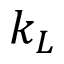
k _ { L }